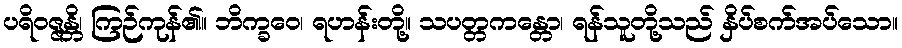
ပရိဝဇ္ဇန္တိ၊ ကြဉ်ကုန်၏။ ဘိက္ခဝေ၊ ရဟန်းတို့။ သပတ္တကန္တော၊ ရန်သူတို့သည် နှိပ်စက်အပ်သော။